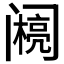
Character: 𰿽